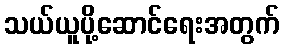
သယ်ယူပို့ဆောင်ရေးအတွက်